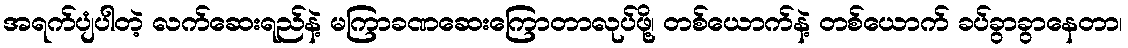
အရက်ပျံပါတဲ့ လက်ဆေးရည်နဲ့ မကြာခဏဆေးကြောတာလုပ်ဖို့၊ တစ်ယောက်နဲ့ တစ်ယောက် ခပ်ခွာခွာနေတာ၊